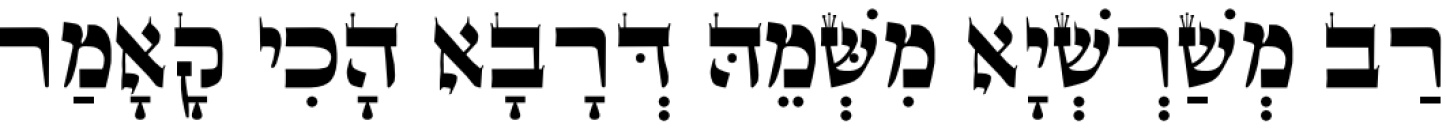
רַב מְשַׁרְשְׁיָא מִשְּׁמֵהּ דְּרָבָא הָכִי קָאָמַר